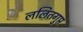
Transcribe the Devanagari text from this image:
ललितगुप्त